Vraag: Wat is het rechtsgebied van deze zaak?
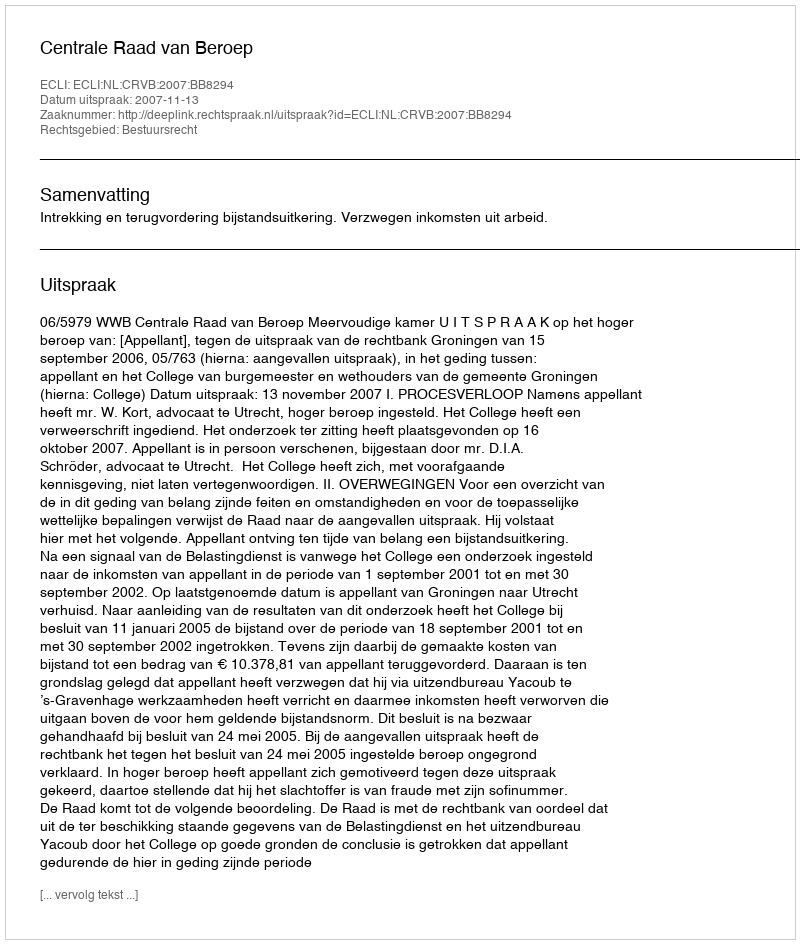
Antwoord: Bestuursrecht